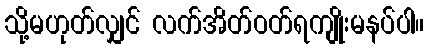
သို့မဟုတ်လျှင် လက်အိတ်ဝတ်ရကျိုးမနပ်ပါ။